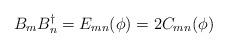
LaTeX: \begin{align*}B_{m}B^{\dagger}_{n} = E_{mn} (\phi)= 2C_{mn}(\phi) \end{align*}